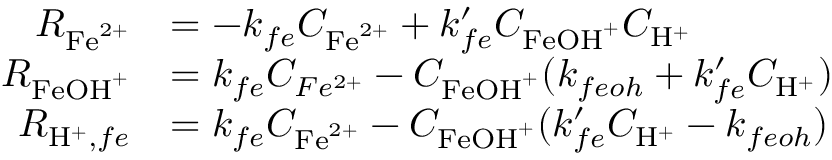
\begin{array} { r l } { R _ { \mathrm { F e } ^ { 2 + } } } & { = - k _ { f e } C _ { \mathrm { F e } ^ { 2 + } } + k _ { f e } ^ { \prime } C _ { \mathrm { F e O H } ^ { + } } C _ { \mathrm { H } ^ { + } } } \\ { R _ { \mathrm { F e O H } ^ { + } } } & { = k _ { f e } C _ { F e ^ { 2 + } } - C _ { \mathrm { F e O H } ^ { + } } ( k _ { f e o h } + k _ { f e } ^ { \prime } C _ { \mathrm { H } ^ { + } } ) } \\ { R _ { \mathrm { H } ^ { + } , f e } } & { = k _ { f e } C _ { \mathrm { F e } ^ { 2 + } } - C _ { \mathrm { F e O H } ^ { + } } ( k _ { f e } ^ { \prime } C _ { \mathrm { H } ^ { + } } - k _ { f e o h } ) } \end{array}